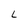
Character: L